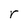
Character: r